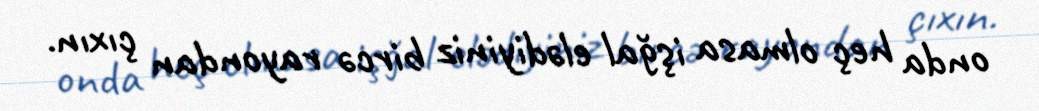
onda heç olmasa işğal elədiyiniz bircə rayondan çıxın.